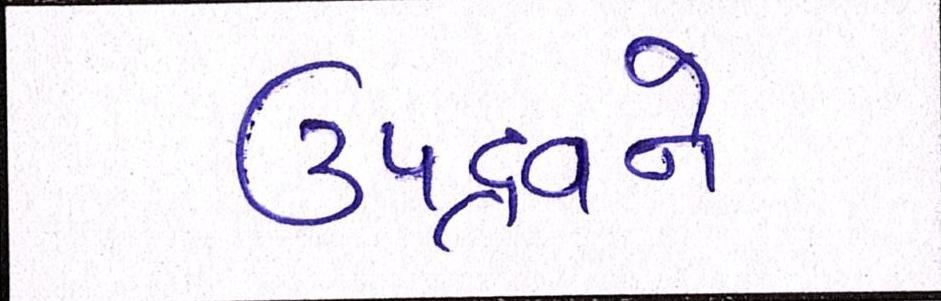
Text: ઉપદ્રવને